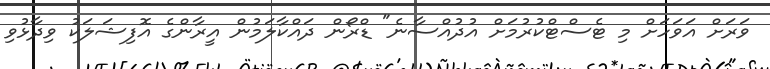
ވަރަށް އަވަހަށް މި ޓެސްޓްކުރުމަށް އުދުއްސާނެ" ޑްރޯން ދައްކާލަމުން އީރާންގެ އޮފިޝަލަކު ވިދާޅުވި